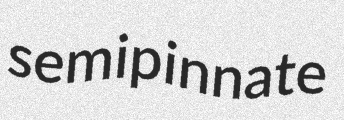
semipinnate